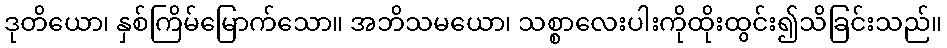
ဒုတိယော၊ နှစ်ကြိမ်မြောက်သော။ အဘိသမယော၊ သစ္စာလေးပါးကိုထိုးထွင်း၍သိခြင်းသည်။